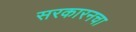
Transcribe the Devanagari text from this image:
सरकारनचा